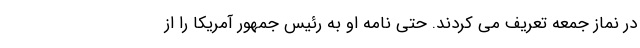
در نماز جمعه تعریف می کردند. حتی نامه او به رئیس جمهور آمریکا را از